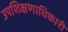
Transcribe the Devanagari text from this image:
उपशिक्षणाधिकारी